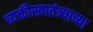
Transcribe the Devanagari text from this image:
व्यक्तीस्वातंत्र्याच्या